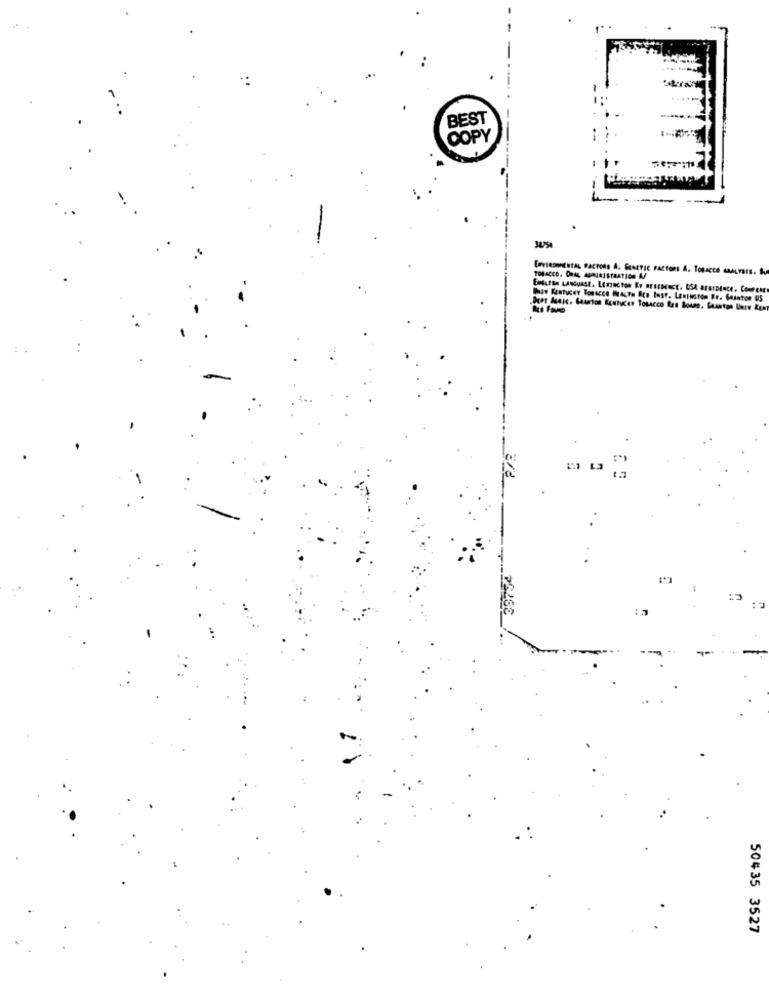
1 ..
Erviconigaras macrons A. GENETIC Factons A. Tosacco saurais.
haw Keatycey Tosacco MeAuta Acs tust. Lexington Er. Sainton US
39754
50435 3527